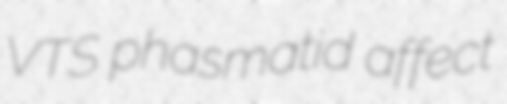
VTS phasmatid affect